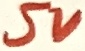
Text: 5V